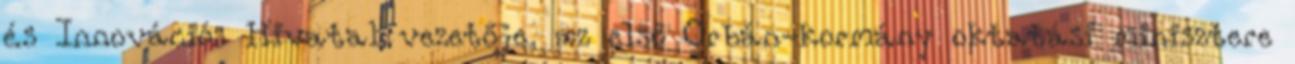
és Innovációs Hivatal vezetője, az első Orbán-kormány oktatási minisztere